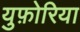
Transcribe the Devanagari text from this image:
युफ़ोरिया